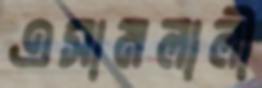
এসামলালী